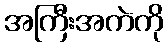
အကြီးအကဲကို